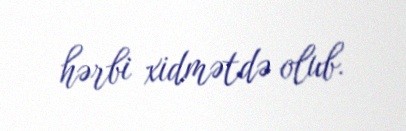
hərbi xidmətdə olub.